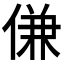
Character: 𬾹